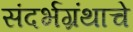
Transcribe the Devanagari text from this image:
संदर्भग्रंथाचे